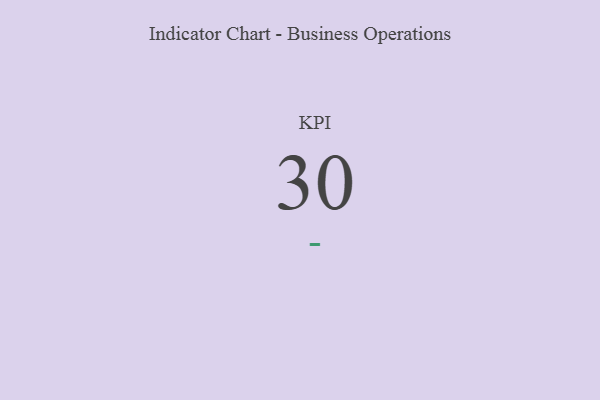
{"axis": {"x": "KPI", "y": "Value"}, "legend": [""], "data": [{"x": "KPI", "y": 30, "type": ""}]}